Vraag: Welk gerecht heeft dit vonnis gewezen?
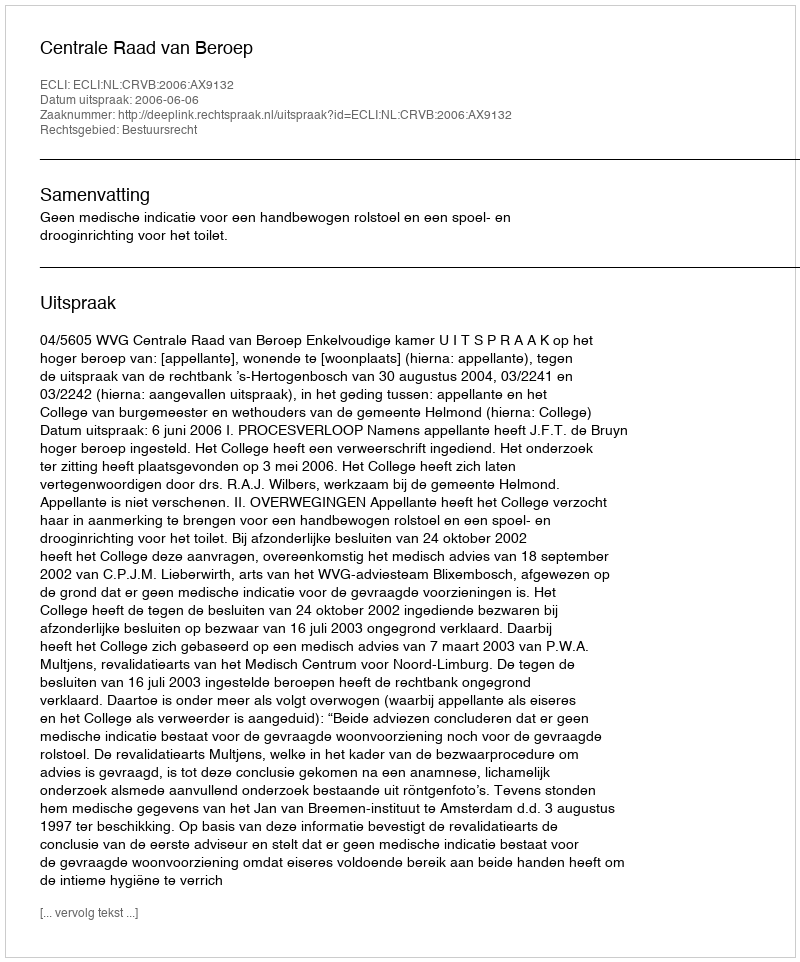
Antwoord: Centrale Raad van Beroep